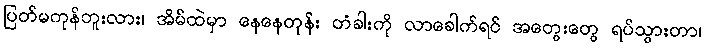
ပြတ်မကုန်ဘူးလား၊ အိမ်ထဲမှာ နေနေတုန်း တံခါးကို လာခေါက်ရင် အတွေးတွေ ရပ်သွားတာ၊